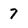
Character: 7